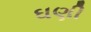
ઘણી